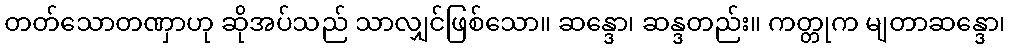
တတ်သောတဏှာဟု ဆိုအပ်သည် သာလျှင်ဖြစ်သော။ ဆန္ဒော၊ ဆန္ဒတည်း။ ကတ္တုက မျတာဆန္ဒော၊